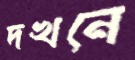
দখনে